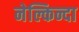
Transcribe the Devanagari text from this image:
नेल्किन्दा